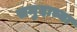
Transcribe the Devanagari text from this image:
समुदाच्या